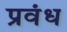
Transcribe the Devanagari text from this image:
प्रवंध